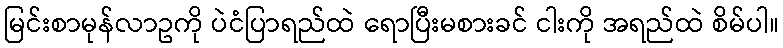
မြင်းစာမုန်လာဥကို ပဲငံပြာရည်ထဲ ရောပြီးမစားခင် ငါးကို အရည်ထဲ စိမ်ပါ။